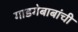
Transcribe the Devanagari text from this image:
गाडगेबाबांची